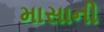
માસાની